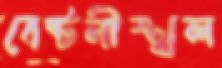
বেষ্টনীস্থল